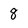
Character: 8